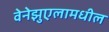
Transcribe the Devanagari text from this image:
वेनेझुएलामधील